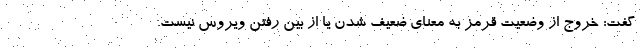
گفت: خروج از وضعیت قرمز به معنای ضعیف شدن یا از بین رفتن ویروس نیست.